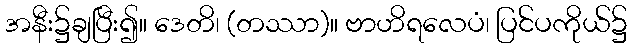
အနီး၌ချပြီး၍။ ဒေတိ၊ (တဿာ)။ ဗာဟိရလေပံ၊ ပြင်ပကိုယ်၌